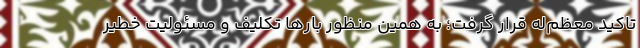
تاکید معظم‌له قرار گرفت؛ به همین منظور بارها تکلیف و مسئولیت خطیر